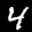
Label: 4